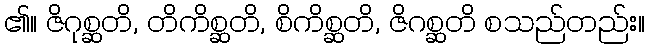
၏။ ဇိဂုစ္ဆတိ, တိကိစ္ဆတိ, စိကိစ္ဆတိ, ဇိဂစ္ဆတိ စသည်တည်း။